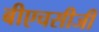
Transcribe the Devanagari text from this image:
बीएचसीजी